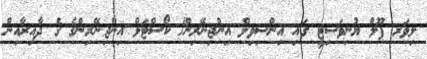
ލިވަރ ޕޫލް ޔުނިވަސިޓީ ގައި އިންސިވިލް އިންޖިނޭރިން/ ކޯސްޓަލް އިންޖިނޭރިންގެ ގެ ދާއިރާއިން